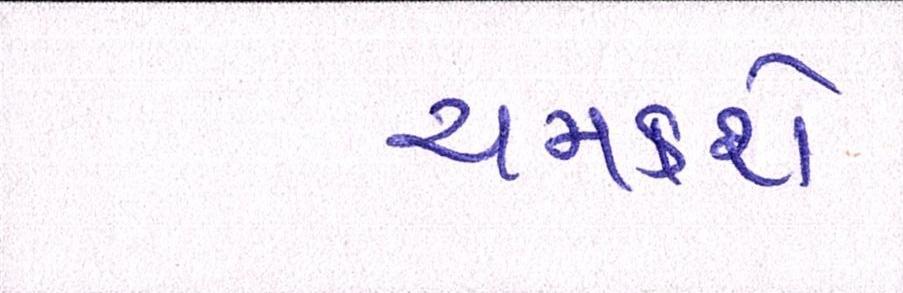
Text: ચમકશે